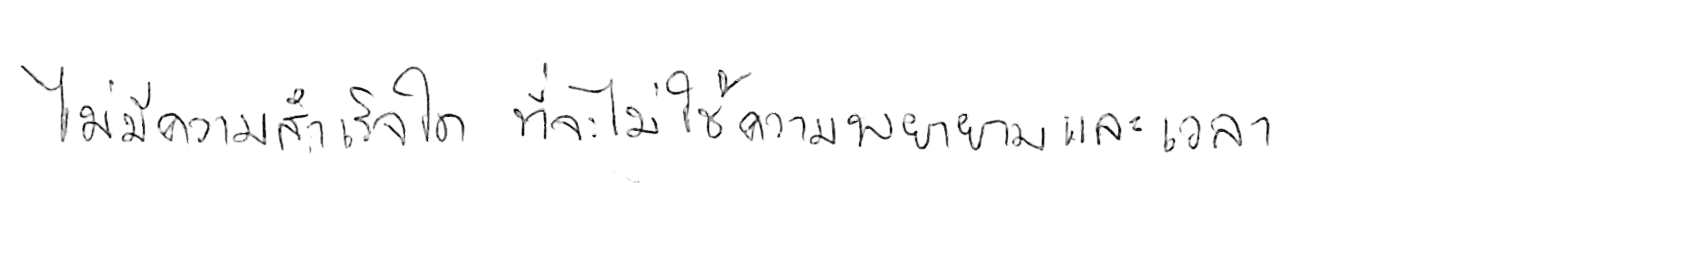
ไม่มีความสำเร็จใด ที่จะไม่ใช้ความพยายามและเวลา